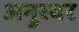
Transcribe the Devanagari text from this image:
अनुस्वर